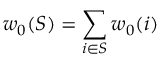
w _ { 0 } ( S ) = \sum _ { i \in S } w _ { 0 } ( i )